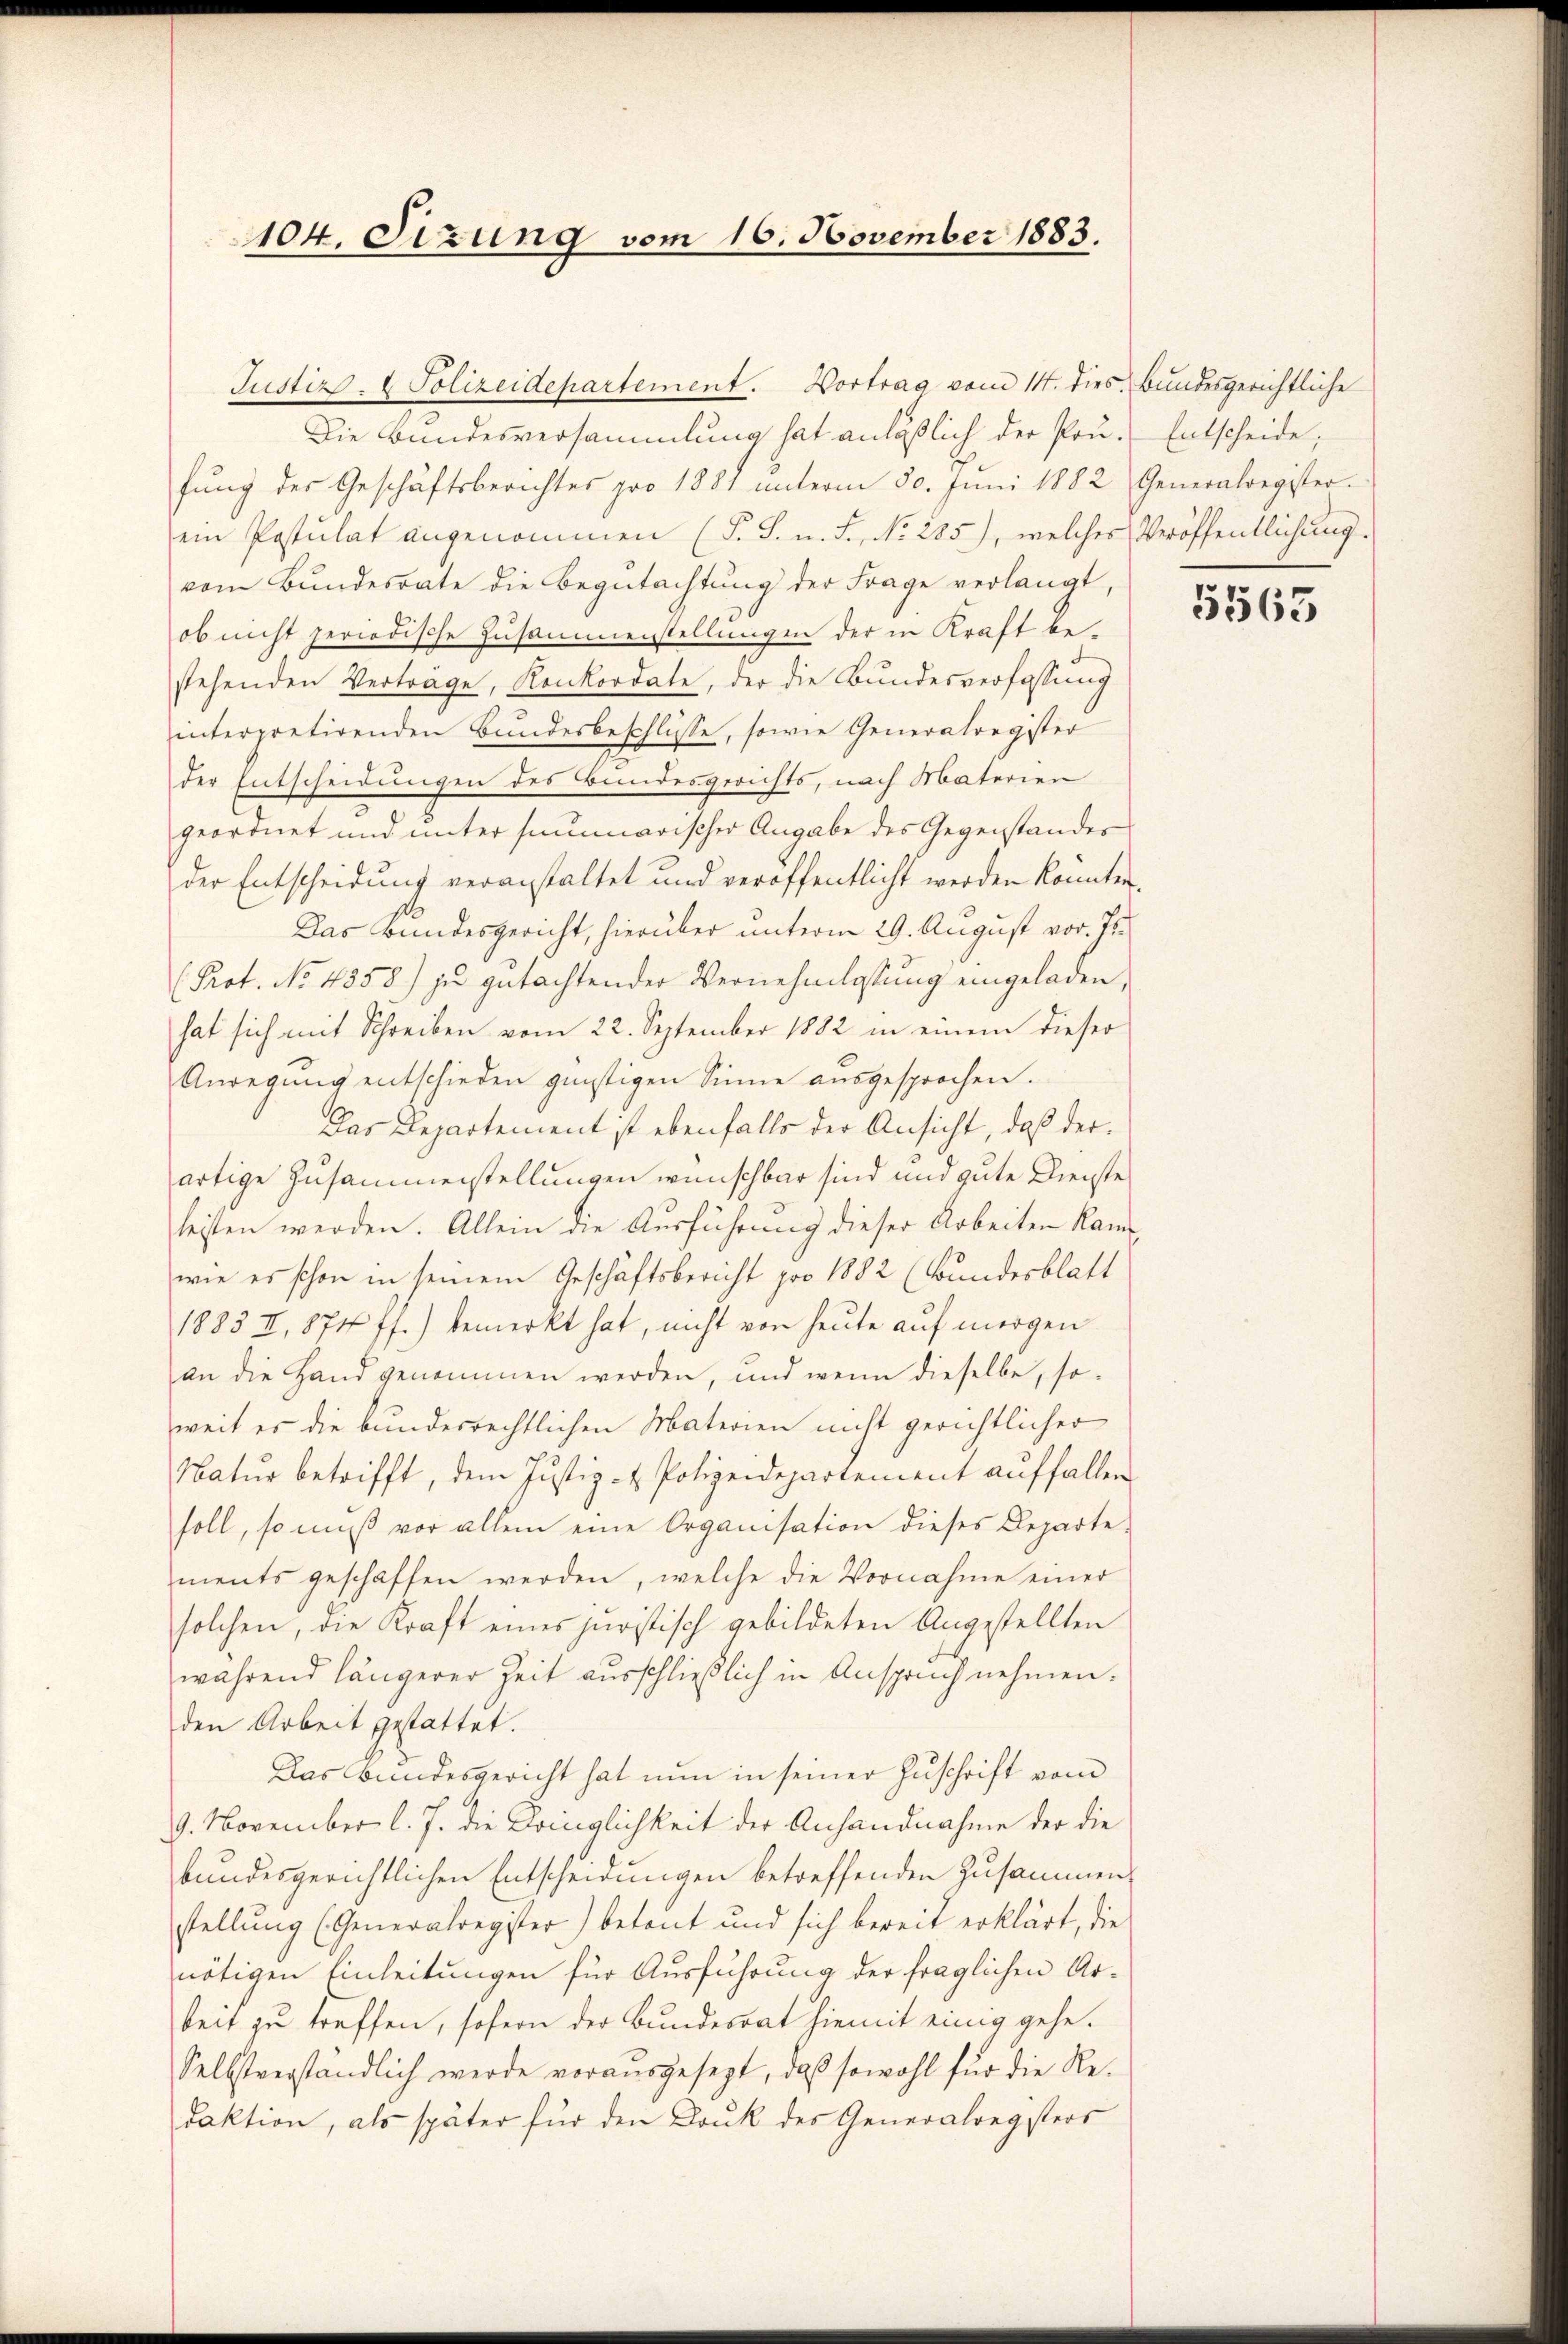
104. Sizung vom 16. November 1883.

Justiz- & Polizeidepartement. Vortrag vom 14. dies Bundesgerichtliche
Die Bundesversammlung hat anläßlich der Prü- Entscheide,
fŭng des Geschäftsberichtes pro 1881 ŭnterm 30. Juni 1882 Generalregister.
ein Postulat angenommen (S. S. n. F., No 285), welches Veröffentlichung.
vom Bundesrate die Begutachtung der Frage verlangt,
ob nicht periodische Zusammenstellungen der in Kraft be-
stehenden Verträge, Konkordate, der die Bundesverfassung
interpretirenden Bundesbeschlüsse, sowie Generalregister
der Entscheidungen des Bundesgerichts, nach Materien
geordnet und unter summarischer Angabe des Gegenstandes
der Entscheidung veranstaltet und veröffentlicht werden könnten.
Das Bundesgericht, hierüber unterm 29. August vor. Js.
(Prot. No 4858.) zu gutachtender Vernehmlassŭng eingeladen,
hat sich mit Schreiben vom 22. September 1882 in einem dieser
Anregŭng entschieden günstigen Sinne aŭsgesprochen.
Das Departement ist ebenfalls der Ansicht, daß derartige Zusammenstellungen wünschbar sind und gute Dienste
leisten werden. Allein die Ausführung dieser Arbeiten kam
wie es schon in seinem Geschäftsbericht pro 1882 (Bundesblatt
1883 II, 874 ff.) bemerkt hat, nicht von heute auf morgen
an die Hand genommen werden, und wenn dieselbe, so-
weit es die bundesrechtlichen Materien nicht gerichtlicher
Natŭr betrifft, dem Justiz- & Polizeidepartement aŭffallen
soll, so muß vor allem eine Organisation dieses Departe
ments geschaffen werden, welche die Vornahme einer
solchen, die Kraft eines juristisch gebildeten Angestellten
während längerer Zeit ausschließlich in Anspruch nehmen.
den Arbeit gestattet.
Das Bundesgericht hat nun in seiner Zuschrift vom
9. November l. J. die Kringlichkeit der Anhandnahme der die
bundesgerichtlichen Entscheidungen betreffenden Zusammen-
stellung (Generalregister) betont und sich bereit erklärt, die
nötigen Einleitungen für Ausführung der fraglichen Arbeit zu treffen, sofern der Bundesrat hiemit einig gehe.
Selbstverständlich werde vorausgesezt, daß sowohl für die Redaktion, als später für den Druk des Generalregisters

5565